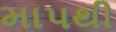
માપથી